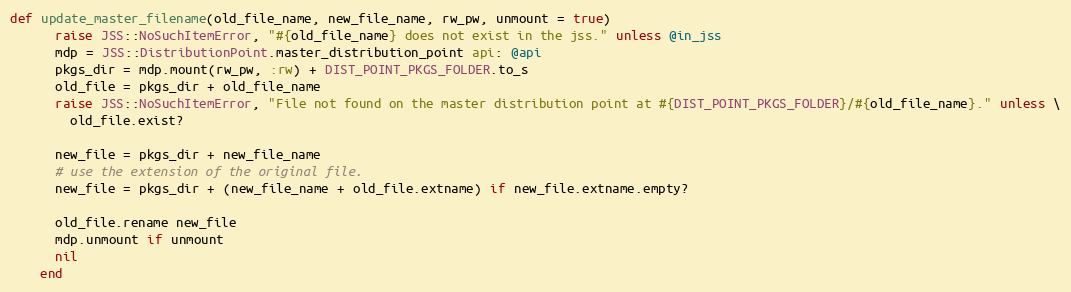
Language: Ruby
def update_master_filename(old_file_name, new_file_name, rw_pw, unmount = true)
      raise JSS::NoSuchItemError, "#{old_file_name} does not exist in the jss." unless @in_jss
      mdp = JSS::DistributionPoint.master_distribution_point api: @api
      pkgs_dir = mdp.mount(rw_pw, :rw) + DIST_POINT_PKGS_FOLDER.to_s
      old_file = pkgs_dir + old_file_name
      raise JSS::NoSuchItemError, "File not found on the master distribution point at #{DIST_POINT_PKGS_FOLDER}/#{old_file_name}." unless \
        old_file.exist?

      new_file = pkgs_dir + new_file_name
      # use the extension of the original file.
      new_file = pkgs_dir + (new_file_name + old_file.extname) if new_file.extname.empty?

      old_file.rename new_file
      mdp.unmount if unmount
      nil
    end